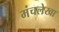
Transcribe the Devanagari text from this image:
मंचलेखा